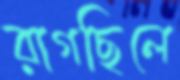
রাগছিলে